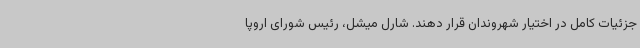
جزئیات کامل در اختیار شهروندان قرار دهند. شارل میشل، رئیس شورای اروپا